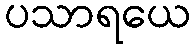
ပသာရယေ